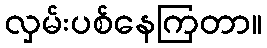
လှမ်းပစ်နေကြတာ။